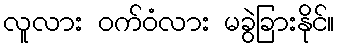
လူလား ဝက်ဝံလား မခွဲခြားနိုင်။